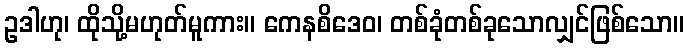
ဥဒါဟု၊ ထိုသို့မဟုတ်မူကား။ ကေနစိဒေဝ၊ တစ်ခုံတစ်ခုသောလျှင်ဖြစ်သော။